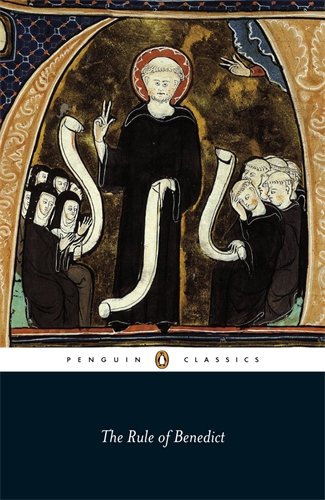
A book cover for The Rule of St Benedict (Penguin Classics); Christian Books & Bibles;